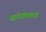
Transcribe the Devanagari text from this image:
सांधकासाठी